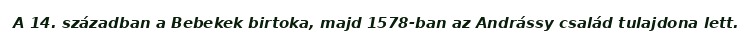
A 14. században a Bebekek birtoka, majd 1578-ban az Andrássy család tulajdona lett.